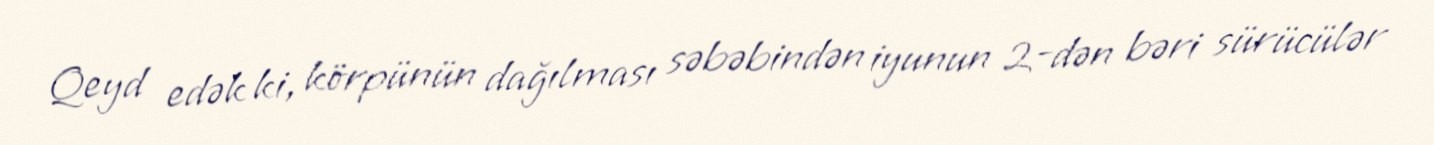
Qeyd edək ki, körpünün dağılması səbəbindən iyunun 2-dən bəri sürücülər